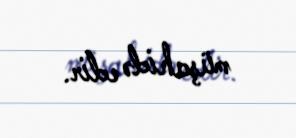
müşahidə edir.